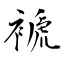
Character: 褫